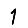
Digit: 1